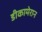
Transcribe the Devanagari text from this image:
डीकामेरान